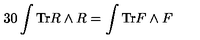
3 0 \int { \mathrm { T r } R \wedge R } = \int { \mathrm { T r } F \wedge F }